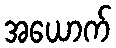
အယောက်